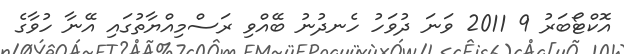
އޮކްޓޯބަރު 9 2011 ވަނަ ދުވަހު ހެނދުނު ބޭއްވި ރަސްމިއްޔާތުގައި އޭނާ ހުވާގެ